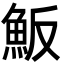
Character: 魬